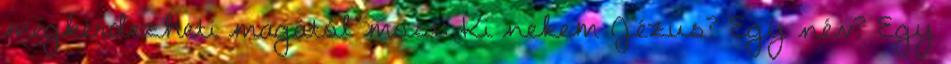
megkérdezheti magától most: Ki nekem Jézus? Egy név? Egy